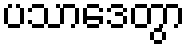
ပသာဒေတွာ